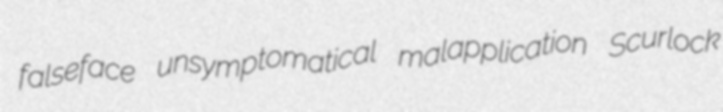
falseface unsymptomatical malapplication Scurlock